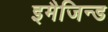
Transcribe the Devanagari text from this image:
इमैजिन्ड